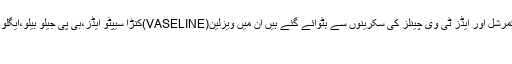
پیمرا کی طرف سے اب تک جو کمرشل اور ایڈز ٹی وی چینلز کی سکرینوں سے ہٹوائے گئے ہیں ان میں ویزلین(VASELINE)کنڑا سیپٹو ایڈز،بی پی جیلو بیلو،ایگلو، جوش، قمر چائے اور کوکا کولا
کے اشتہارات شامل ہیں۔